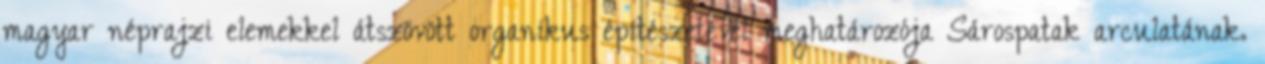
magyar néprajzi elemekkel átszövött organikus építészetével meghatározója Sárospatak arculatának.